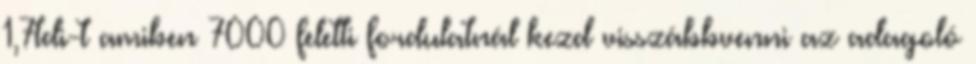
1,7tdi-t amiben 7000 feletti fordulatnál kezd visszábbvenni az adagoló